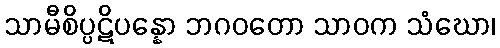
သာမီစိပ္ပဋိပန္နော ဘဂဝတော သာဝက သံဃော၊